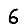
Digit: 6